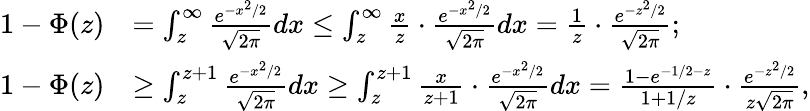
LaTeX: \begin{array}{rl}{1-\Phi(z)}&{=\int_{z}^{\infty}\frac{e^{-x^{2}/2}}{\sqrt{2\pi}}dx\le\int_{z}^{\infty}\frac{x}{z}\cdot\frac{e^{-x^{2}/2}}{\sqrt{2\pi}}dx=\frac 1z\cdot\frac{e^{-z^{2}/2}}{\sqrt{2\pi}};}\\ {1-\Phi(z)}&{\ge\int_{z}^{z+1}\frac{e^{-x^{2}/2}}{\sqrt{2\pi}}dx\ge\int_{z}^{z+1}\frac{x}{z+1}\cdot\frac{e^{-x^{2}/2}}{\sqrt{2\pi}}dx=\frac{1-e^{-1/2-z}}{1+1/z}\cdot\frac{e^{-z^{2}/2}}{z\sqrt{2\pi}},}\end{array}